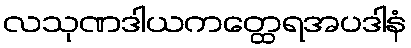
လသုဏဒါယကတ္ထေရအပဒါနံ